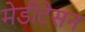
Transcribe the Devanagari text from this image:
मेडीटेसन